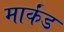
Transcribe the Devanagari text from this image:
मार्कंड